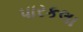
પારકલા